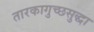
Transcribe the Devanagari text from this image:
तारकागुच्छसुद्धा